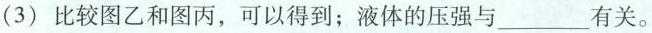
(3)比较图乙和图丙，可以得到；液体的压强与____有关。